Vital statistics of India. Vol. VI, European troops 1870-79
Year: 1870
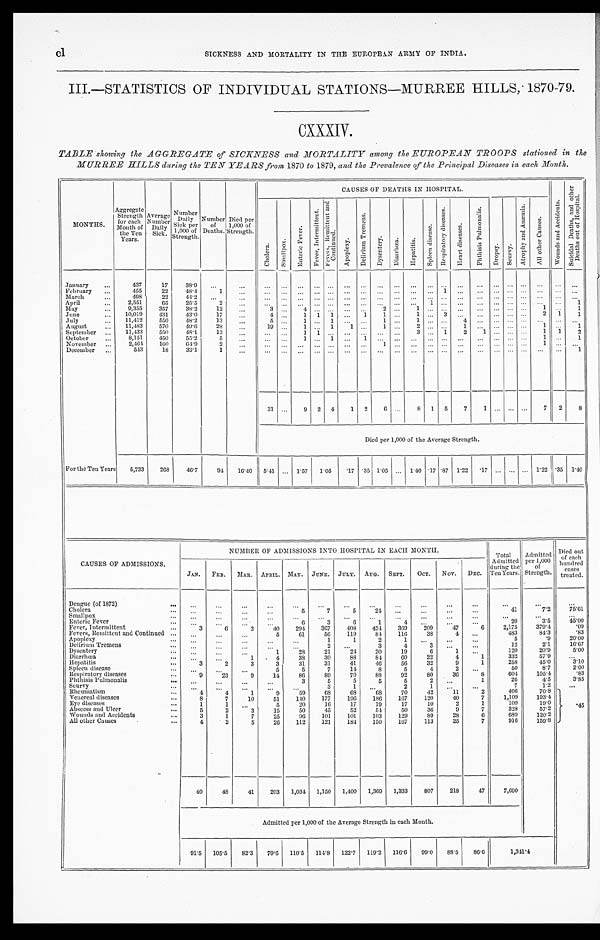
cl
SICKNESS AND MORTALITY IN THE EUROPEAN ARMY OF INDIA.
III.—STATISTICS OF INDIVIDUAL STATIONS—MURREE HILLS, 1870-79.
CXXXIV.
TABLE showing the AGGREGATE of SICKNESS and MORTALITY among the EUROPEAN TROOPS stationed in the
MURREE HILLS during the TEN YEARS from 1870 to 1879, and the Prevalence of the Principal Diseases in each Month.
MONTHS.
Aggregate Strength for each
Month of
the Ten
Years. Average Number Daily Sick.
Number Daily Sick per
1,000 of
Strength. Number of Deaths. D i e d p e r
1 , 0 0 0 o f
S t r e n g t h .
CAUSES OF DEATHS IN HOSPITAL.
W o u n d s a n d A c c i d e n t s .
S u i c i d a l D e a t h s , a n d o t h e r
D e a t h s o u t o f H o s p i t a l .
Chol er a.
S m a l l p o x .
E n t e r i c F e v e r .
F e v e r , I n t e r m i t t e n t .
F e v e r s , R e m i t t e n t a n d
C o n t i n u e d .
A p o p l e x y .
D e l i r i u m T r e m e n s .
D y s e n t e r y . D i a r r h œ a . H e p a t i t i s .
S p l e e n d i s e a s e .
R e s p i r a t o r y d i s e a s e s .
H e a r t d i s e a s e s .
P h t h i s i s P u l m o n a l i s .
D r o p s y . S c u r v y .
A t r o p h y a n d A n æ m i a .
A l l o t h e r c a u s e s .
January
437 17 38.9
February
455 22 48.4
1
1
March
498 22
4 4 . 2
April
2,551 65 25.5
2
1
1
May
9,355 357 38.2 12
3
4
2
1
1
1
June
10,019 431 43.0 17
4
1 1 1
1 1
1
3
2 1 1
July
11,412 550 48.2 13
5
1
1
1
1
4
August
11,483 570 49.6 28
19
1
1 1
1
2
1
1
1
September
11,433 550 48.1 13
1 1
3
1 2 1
1 1 2
October
8,151 450 55.2
5
1
1
1
1
1
November
2,464 160 64.9 2
1
1
December
543 18 33.1
1
1
31
9 2 4 1 2 6
8 1 5 7 1
7 2 8
Died per 1,000 of the Average Strength.
For the Ten Years 5,733 268 46.7 94 16.40 5.41
1.57 1. 05
. 1 7 .35 1.05
1.40 .17 .87 1.22 . 17
1.22 .35 1 . 4 0
CAUSES OF ADMISSIONS.
NUMBER OF ADMISSIONS INTO HOSPITAL IN EACH MONTH.
T o t a l
A d m i t t e d
d u r i n g t h e
T e n Y e a r s .
Admitted per 1,000
of Strength.
Died out
of each
hundred cases treated.
JAN. FEB. MAR. APRIL. MAY. JUNE. JULY. AUG. SEPT. OCT. NOV. DEC.
Dengue (of 1872)
Cholera
5
7 5
2 4
41
7.2 75. 61
Smallpox Enteric Fever
6
3
6
1
4
20
3.5 45. 00
Fever, Intermittent
3
6
2 40 294 367 408 424 369 209 47
6 2,175 379.4
. 0 9
Fevers, Remittent and Continued
5 61 56 119 84 116 38
4
483
84.3
.83
Apoplexy
1
1
2
1
5
.9 20. 00
Delirium Tremens
2
3
4
3
12
2.1 16. 67
Dysentery
1 28 21 24 20 19
6
1
120
20.9
5 . 0 0
Diarrhœa
1 4 38 30 88 84 60 22
4
1
332
57.9
Hepatitis
3
2
3
3 31 31 41 46 56 32
9
1
258
45.0
3 . 1 0
Spleen disease
5
5
7 14
8
5
4
2
50
8.7
2 . 0 0
Respiratory diseases
9 23
9
1 4 86 89 70 88 92 80 36
8
604 105.4
.83
Phthisis Pulmonalis
3
5
5
5
5
2
1
26
4.5
3 . 8 5
Scurvy
3
1
2
1
7
1.2
Rheumatism
4 4
1 9
5 9
6 8 68 68 70 42 11
2
406
70.8
.45
Venereal diseases
8
7 10 51 140 177 196 186 167 120 40
7 1,109 193.4
Eye diseases
1
1
5 20 16 17 19 17 10
2
1
109
19.0
Abscess and Ulcer
5
2
3 15 50 45 52 54 50 36
9
7
328
57.2
Wounds and Accidents
3
1
7 25 96 101 101 103 129 89 28
6
689 120.2
All other Causes
4
2
5 26 112 121 184 150 167 113 25
7
916 159.8
40 48 41 203 1,034 1,150 1,400 1,369 1,333 807 218 47 7, 690
Admitted per 1,000 of the Average Strength in each Month.
91.5 105.5 82.3 79.6 110.5 114.8 122.7 119.2 116.6 99.0 88.5 86.6
1 , 3 4 1 . 4